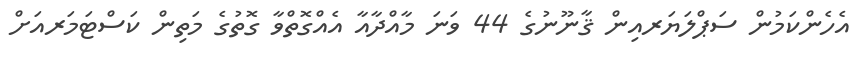
އެހެންކަމުން ސަޕްލަޔަރއިން ޤާނޫނުގެ 44 ވަނަ މާއްދާއާ އެއްގޮތްވާ ގޮތުގެ މަތިން ކަސްޓަމަރއަށް